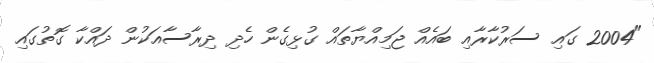
"2004 ގައި ސަރުކާރާއި ބައެއް ޖަމިއްޔާތައް ގުޅިގެން ހެދި ދިރާސާއަކުން ދައްކާ ގޮތުގައި